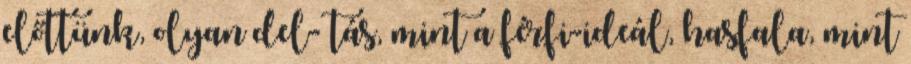
előttünk, olyan del- tás, mint a férfi-ideál, hasfala, mint